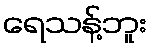
ရေသန့်ဘူး